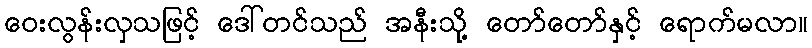
ဝေးလွန်းလှသဖြင့် ဒေါ်တင်သည် အနီးသို့ တော်တော်နှင့် ရောက်မလာ။